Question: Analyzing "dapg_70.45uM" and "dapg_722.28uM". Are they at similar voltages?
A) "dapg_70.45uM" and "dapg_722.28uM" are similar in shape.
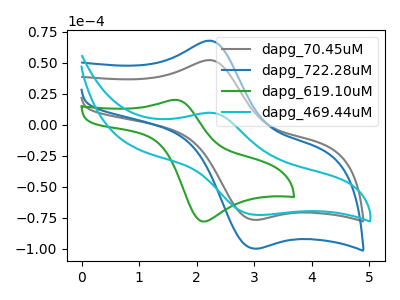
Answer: <think>The gray curve "dapg_70.45uM" has an anodic peak at (2.25V, 51.95uA) and a cathodic peak at (3.00V, -76.85uA). The blue curve "dapg_722.28uM" has an anodic peak at (2.25V, 67.65uA) and a cathodic peak at (3.00V, -100.00uA). The green curve "dapg_619.10uM" has an anodic peak at (1.65V, 19.90uA) and a cathodic peak at (2.10V, -78.20uA). The cyan curve "dapg_469.44uM" has an anodic peak at (2.30V, 9.30uA) and a cathodic peak at (3.05V, -72.90uA).
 All the peaks in "dapg_70.45uM" have a peak in "dapg_722.28uM" at the same potential. Every peak in "dapg_70.45uM" is lower than every peak in "dapg_722.28uM".</think>
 <answer>A) "dapg_70.45uM" and "dapg_722.28uM" are similar in shape.</answer>
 <eval>A</eval>